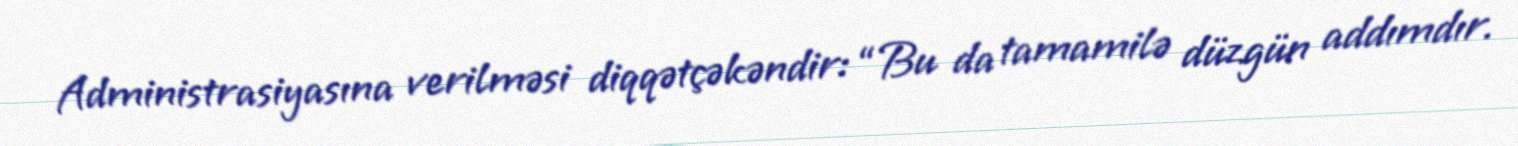
Administrasiyasına verilməsi diqqətçəkəndir: “Bu da tamamilə düzgün addımdır.